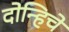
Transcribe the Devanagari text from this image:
दोन्हिचे